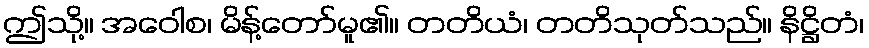
ဤသို့။ အဝေါစ၊ မိန့်တော်မူ၏။ တတိယံ၊ တတိသုတ်သည်။ နိဋ္ဌိတံ၊